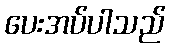
ပေးအပ်ပါသည်